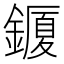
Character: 𨬜